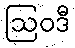
ဩဝဒီ